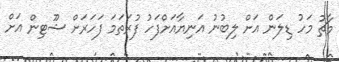
މާޗު މަހު ޑިލަން އަށް ލިބުނު އަނިޔާއަށްފަހު ފުރަތަމަ ފަހަރަށް ޝޫޓިން އަށް